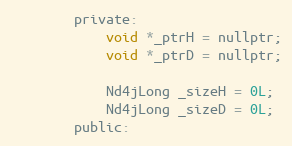
Language: C
        private:
            void *_ptrH = nullptr;
            void *_ptrD = nullptr;

            Nd4jLong _sizeH = 0L;
            Nd4jLong _sizeD = 0L;
        public: